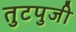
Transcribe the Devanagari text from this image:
तुटपुजी